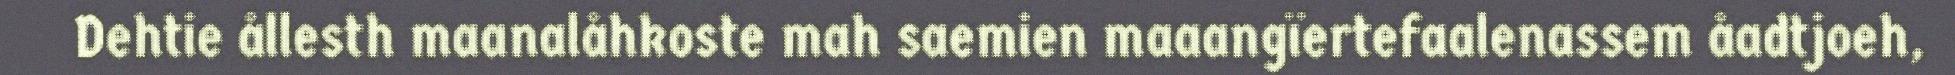
Dehtie ållesth maanalåhkoste mah saemien maaangïertefaalenassem åadtjoeh,